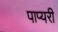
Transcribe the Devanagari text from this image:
पाप्यरी